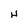
Character: H